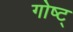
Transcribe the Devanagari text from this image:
गोष्ट्